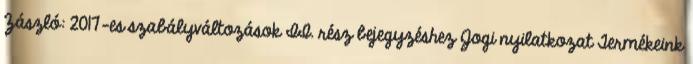
Zászló: 2017-es szabályváltozások II. rész bejegyzéshez Jogi nyilatkozat Termékeink